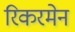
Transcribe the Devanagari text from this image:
रिकरमेन